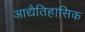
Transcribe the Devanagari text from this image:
आद्यैतिहासिक